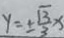
y = \pm \frac { \sqrt { 3 } } { 3 } x